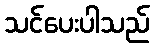
သင်ပေးပါသည်